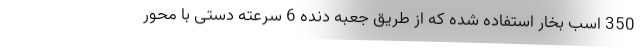
350 اسب بخار استفاده شده که از طریق جعبه دنده 6 سرعته دستی با محور